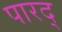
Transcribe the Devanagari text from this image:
पारद्